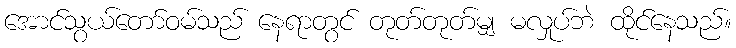
အောင်သွယ်တော်ဝမ်သည် နေရာတွင် တုတ်တုတ်မျှ မလှုပ်ဘဲ ထိုင်နေသည်။